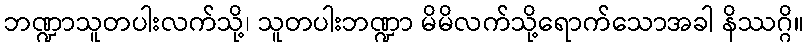
ဘဏ္ဍာသူတပါးလက်သို့၊ သူတပါးဘဏ္ဍာ မိမိလက်သို့ရောက်သောအခါ နိဿဂ္ဂိ။